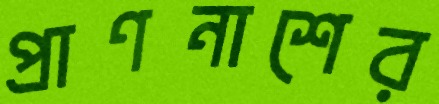
প্রাণনাশের